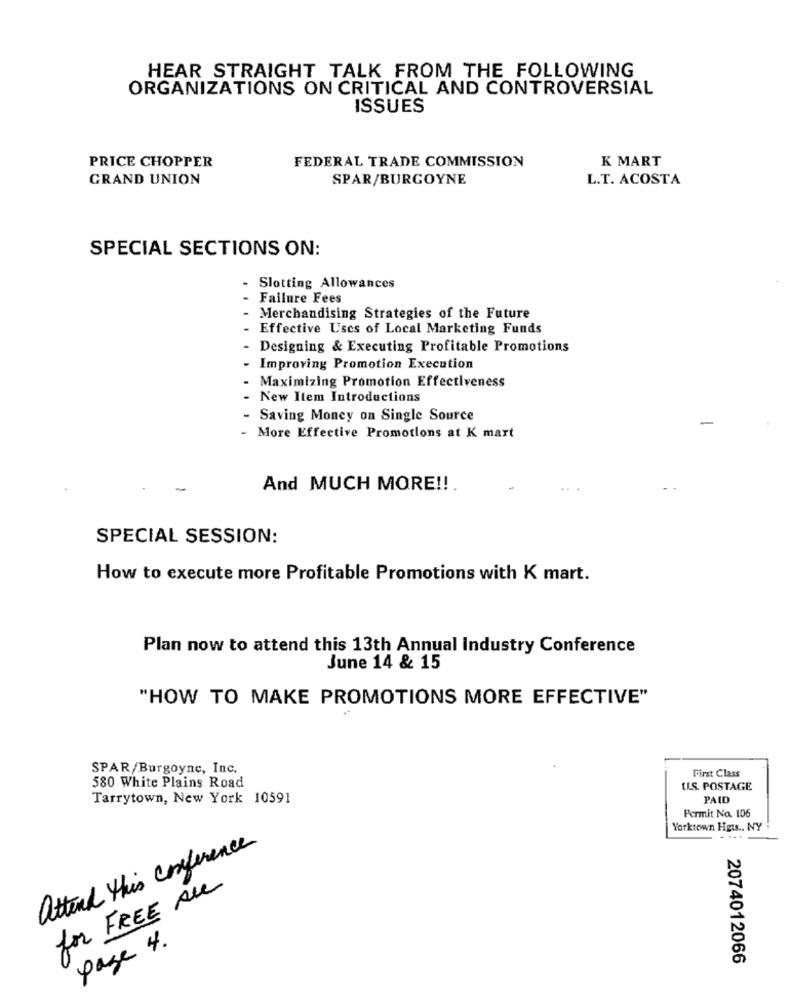
HEAR STRAIGHT TALK FROM THE FOLLOWING
ORGANIZATIONS ON CRITICAL AND CONTROVERSIAL
ISSUES
PRICE CHOPPER
FEDERAL TRADE COMMISSION
K MART
GRAND UNION
SPAR/BURGOYNE
L.T. ACOSTA
SPECIAL SECTIONS ON:
Slotting Allowances
- Failure Fees
- Merchandising Strategies of the Future
- Effective Uses of Local Marketing Funds
Designing & Executing Profitable Promotions
Improving Promotion Execution
Maximizing Promotion Effectiveness
New Item Introductions
- Saving Money on Single Source
- More Effective Promotions at K mart
And MUCH MORE !!
SPECIAL SESSION:
How to execute more Profitable Promotions with K mart.
Plan now to attend this 13th Annual Industry Conference
June 14 & 15
"HOW TO MAKE PROMOTIONS MORE EFFECTIVE"
SPAR/Burgoyne, Inc.
First Class
580 White Plains Road
ILS. POSTAGE
Tarrytown, New York 10591
PAID
Permit No. 106
Yorktown Hgt ., NY
attend this conference
for FREE ALL
page 4.
2074012066